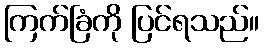
ကြက်ခြံကို ပြင်ရသည်။